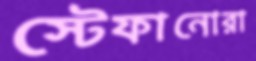
স্টেফানোরা